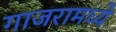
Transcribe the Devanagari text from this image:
गाजरामध्ये